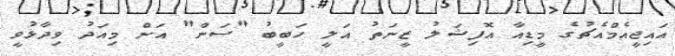
އައިޖީއެމްއެޗުގެ މީޑިއާ އޮފިޝަލު ޒީނަތު އަލީ ހަބީބު "ސަން" އަށް މިއަދު ވިދާޅުވީ